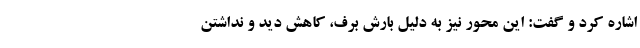
اشاره کرد و گفت: این محور نیز به دلیل بارش برف، کاهش دید و نداشتن